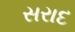
સરાદ